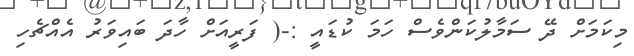
މިކަމަށް ދޭ ސަމާލުކަންވެސް ހަމަ ކުޑައީ :-( ފަރީއަށް ހާދަ ބައިވަރު އެއްޗެހި